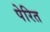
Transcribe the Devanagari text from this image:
पेरित